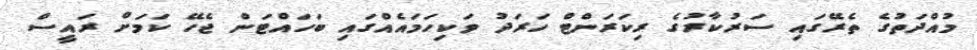
މުއްދަތުގެ ތެރޭގައި ސަރުކާރުގެ ރިކަރަންޓް ހަރަދު ވަކިހަމައެއްގައި ބަހައްޓަން ޖެހޭ ކަމަށް ރައީސް